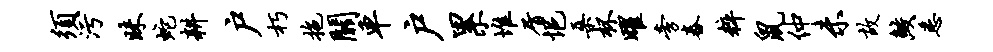
须污昧蛇耕户朽拖关车户累堆屑悒桑杯曜旁舂粹鼠仲未故鲛悉